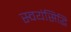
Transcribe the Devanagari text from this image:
स्वयंसिद्धि